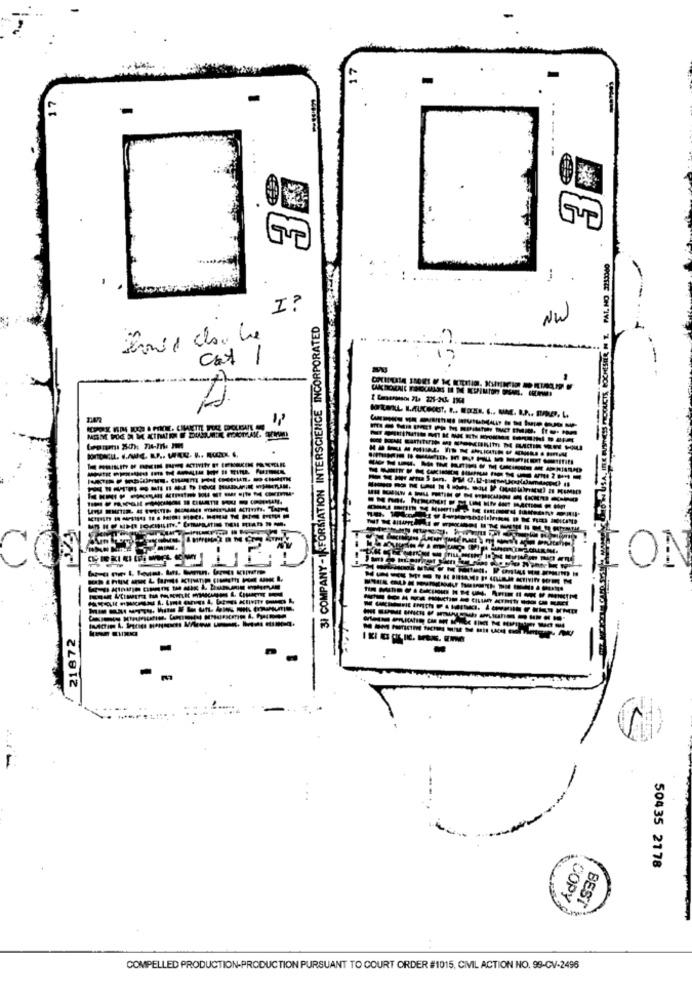
Gr
UCTS ROCHESTER N T. PAT, NO. 3213300
-
I ?
H
31 COMPANY-INFORMATION INTERSCIENCE INCORPORATED
NW
Cat 1
--
--
--- 1
ON
CILAM
------------
21872
--
50435 2178
COPY
BEST
COMPELLED PRODUCTION-PRODUCTION PURSUANT TO COURT ORDER #1015, CIVIL ACTION NO. 99-CV-2496